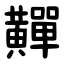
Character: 䵐